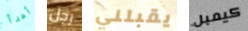
أهدأ رجل يقبلني كيمبل